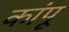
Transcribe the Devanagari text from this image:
कांपू